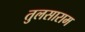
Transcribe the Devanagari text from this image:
तुलसाराम